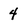
Character: 4